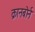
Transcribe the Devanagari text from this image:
क्रानबोर्न